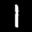
Digit: 1